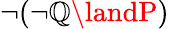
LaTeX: \neg(\neg\mathbb{Q}\landP)